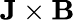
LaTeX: \textit{\textbf{J}}\times\textit{\textbf{B}}